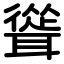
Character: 聳